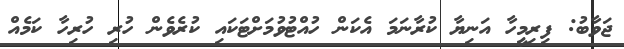
ޖަވާބު: ފިރިމީހާ އަނިޔާ ކުރާނަމަ އެކަން ހުއްޓުވުމަށްޓަކައި ކުރެވެން ހުރި ހުރިހާ ކަމެއް